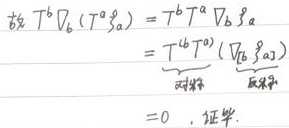
故\(T^b\nabla_b(T^a\mathfrak{g}_a)=T^bT^a\nabla_b\mathfrak{g}_a=\underbrace{T^bT^a}_{\text{对称}}\underbrace{(\nabla_b\mathfrak{g}_a)}_{\text{反对称}}=0\)。证毕。